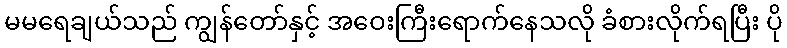
မမရေချယ်သည် ကျွန်တော်နှင့် အဝေးကြီးရောက်နေသလို ခံစားလိုက်ရပြီး ပို